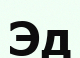
Эд